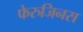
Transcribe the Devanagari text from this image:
फेरुजिनस